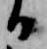
日